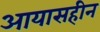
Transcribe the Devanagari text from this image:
आयासहीन